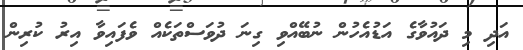
އަދި މި ދައުވާގެ އަޑުއެހުން ނުބޭއްވި ގިނަ ދުވަސްތަކެއް ވެފައިވާ އިރު ކުރިން